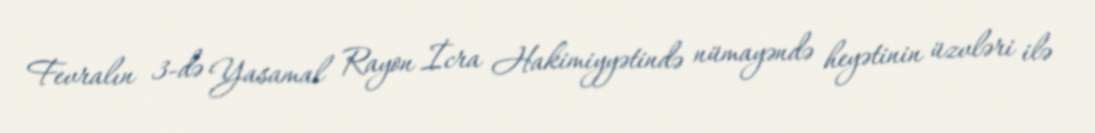
Fevralın 3-də Yasamal Rayon İcra Hakimiyyətində nümayəndə heyətinin üzvləri ilə